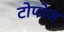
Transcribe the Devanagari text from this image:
टोपोज